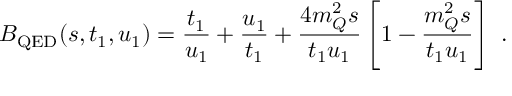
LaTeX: B _ { \mathrm { Q E D } } ( s , t _ { 1 } , u _ { 1 } ) = \frac { t _ { 1 } } { u _ { 1 } } + \frac { u _ { 1 } } { t _ { 1 } } + \frac { 4 m _ { Q } ^ { 2 } s } { t _ { 1 } u _ { 1 } } \left[ 1 - \frac { m _ { Q } ^ { 2 } s } { t _ { 1 } u _ { 1 } } \right] \, \, .